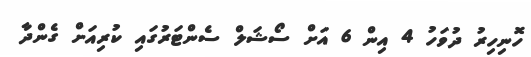
ހޮނިހިރު ދުވަހު 4 އިން 6 އަށް ސޯޝަލް ސެންޓަރުގައި ކުރިއަށް ގެންދާ